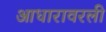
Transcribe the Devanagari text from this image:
आधारावरली